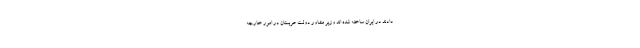
دادند در ایران ساخته شده اند وزیر مشاور دولت عربستان در امور خارجه